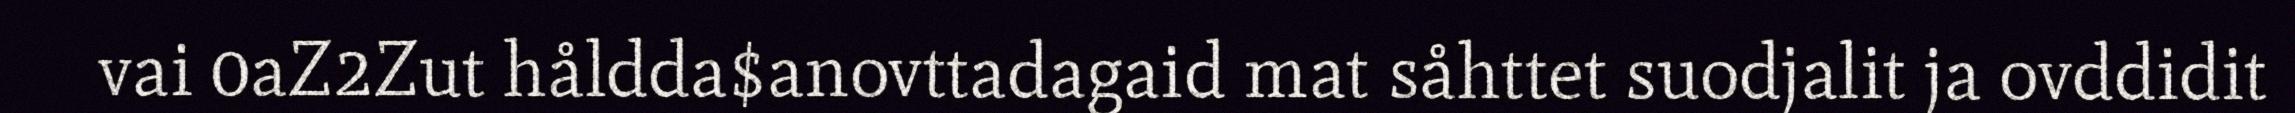
vai 0aZ2Zut håldda$anovttadagaid mat såhttet suodjalit ja ovddidit